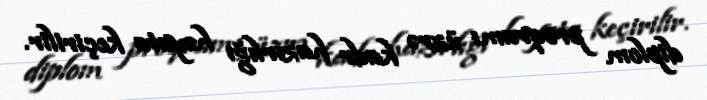
diplom proqramı üzrə kadr hazırlığı həyata keçirilir.